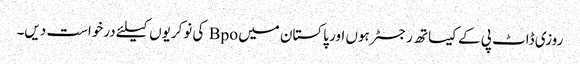
روزی ڈاٹ پی کے کیساتھ رجسٹر ہوں اور پاکستان میں Bpo کی نوکریوں کیلئے درخواست دیں۔